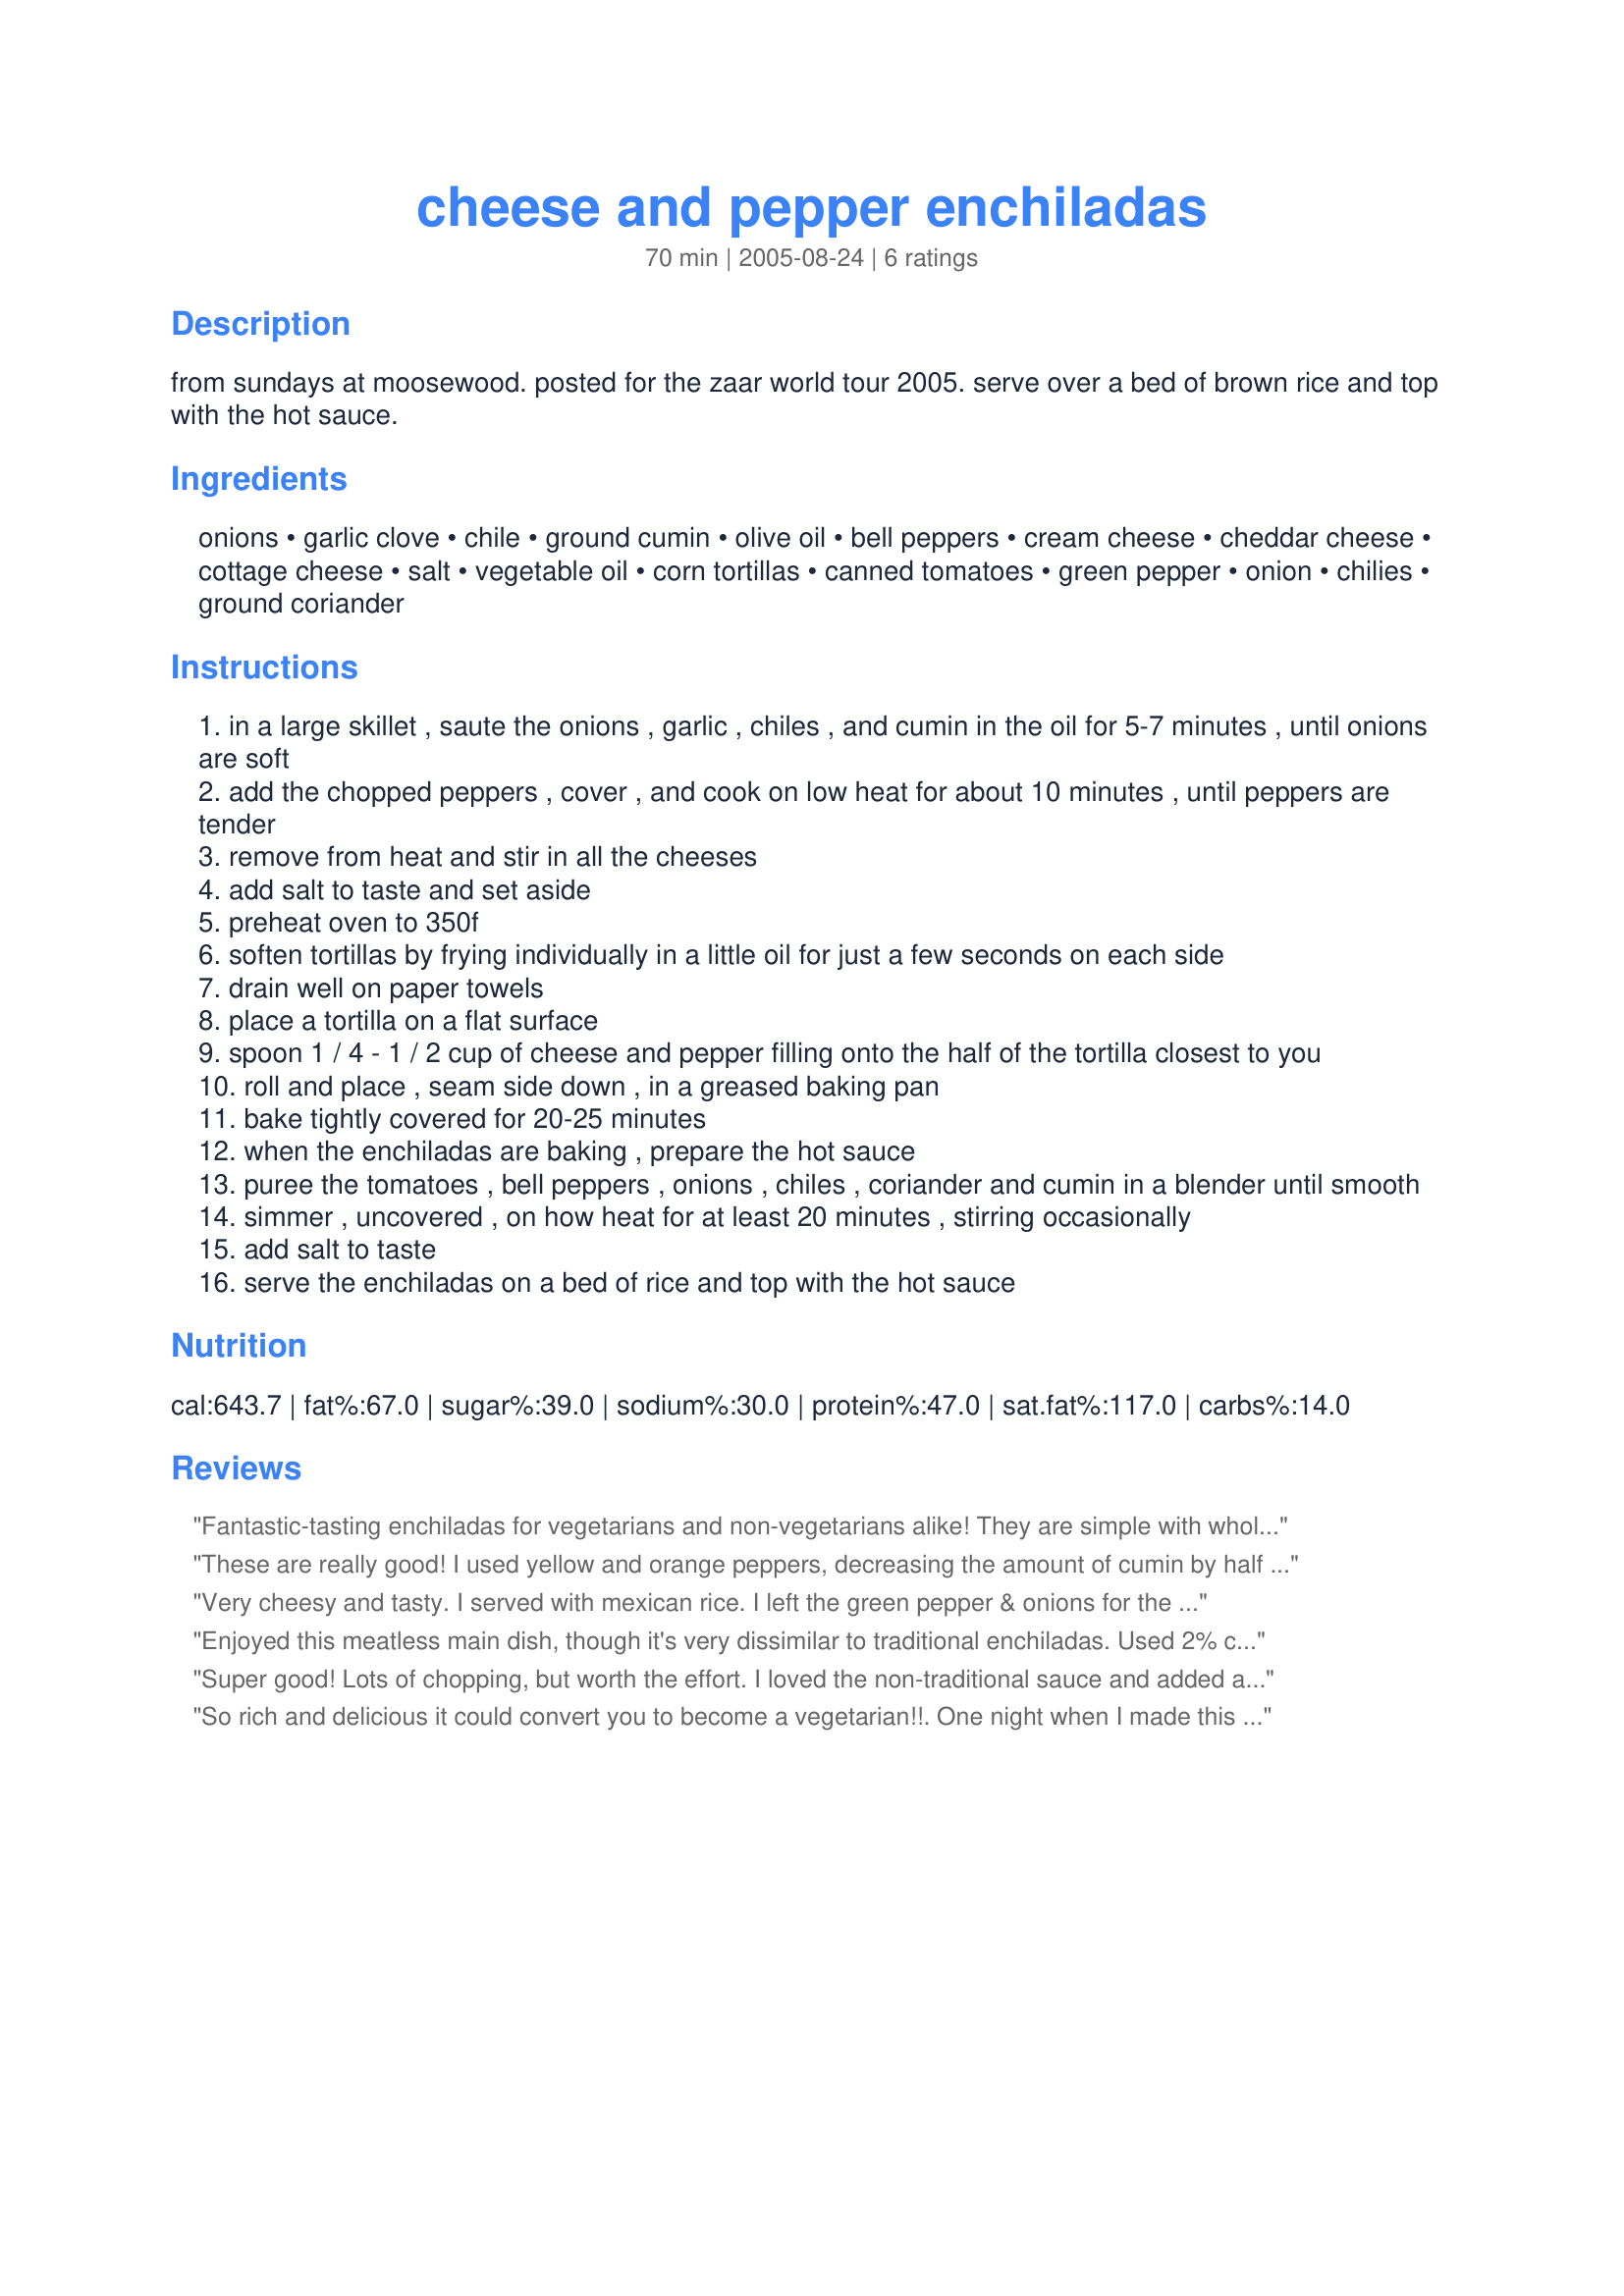
cheese and pepper enchiladas
Preparation time: 70 minutes

from sundays at moosewood. posted for the zaar world tour 2005.
serve over a bed of brown rice and top with the hot sauce.

Ingredients:
onions, garlic clove, chile, ground cumin, olive oil, bell peppers, cream cheese, cheddar cheese, cottage cheese, salt, vegetable oil, corn tortillas, canned tomatoes, green pepper, onion, chilies, ground coriander

Steps:
in a large skillet , saute the onions , garlic , chiles , and cumin in the oil for 5-7 minutes , until onions are soft
add the chopped peppers , cover , and cook on low heat for about 10 minutes , until peppers are tender
remove from heat and stir in all the cheeses
add salt to taste and set aside
preheat oven to 350f
soften tortillas by frying individually in a little oil for just a few seconds on each side
drain well on paper towels
place a tortilla on a flat surface
spoon 1 / 4 - 1 / 2 cup of cheese and pepper filling onto the half of the tortilla closest to you
roll and place , seam side down , in a greased baking pan
bake tightly covered for 20-25 minutes
when the enchiladas are baking , prepare the hot sauce
puree the tomatoes , bell peppers , onions , chiles , coriander and cumin in a blender until smooth
simmer , uncovered , on how heat for at least 20 minutes , stirring occasionally
add salt to taste
serve the enchiladas on a bed of rice and top with the hot sauce

Reviews:
Fantastic-tasting enchiladas for vegetarians and non-vegetarians alike! They are simple with wholesome ingredients yet hearty and satisfying. I used both green and red bell peppers in the enchiladas. And I let my food processor do the chopping of the sauce ingredients, including some jalapeno membrane which I added for extra zing. Yield was 14 enchiladas, which seemed to be the right amount for about six people. Thanks for posting a great recipe!
These are really good! I used yellow and orange peppers, decreasing the amount of cumin by half (because I don't like it much). The cheeses and peppers were a great tasting filling. I didn't make the sauce, but used a ranchero sauce instead. Thanks for sharing the recipe.
Very cheesy and tasty. I served with mexican rice. I left the green pepper & onions for the sauce slightly chunky and added a jalepeno. Thank you for sharing your recipe!
Enjoyed this meatless main dish, though it's very dissimilar to traditional enchiladas. Used 2% cottage cheese and reduced fat cream cheese with good results. Used a combination of orange, yellow, and green peppers in the enchiladas which was lovely, although the amount of bell peppers gives this dish a slightly sweet taste. Used more like 12 tortillas, and for chiles, used fresh jalapenos. Used a 15 oz. can of tomatoes. Served with brown rice as suggested and really enjoyed the meal. Thanks for sharing the recipe!
Super good! Lots of chopping, but worth the effort. I loved the non-traditional sauce and added a t. of sugar and a little squeeze of lime. Served over a little rice, along with pinto beans and coleslaw. It was a wonderful dinner. I got 16 enchiladas and I&#039;m looking forward to enjoying the leftovers. Thanks for posting the keeper recipe.
So rich and delicious it could convert you to become a vegetarian!!. One night when I made this dish, we had a last minute guest who only ate meat and potatoes. I panicked because I had a vegetarian meal planned, but surprisingly enough she loved it so much that she wanted the recipe!! The only thing I do different is replace the corn tortillas with 8-10 whole wheat flour tortillas. We prefer the taste, and since they are naturally softer than corn tortillas, you don't have to soften them with the oil.
